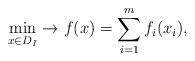
LaTeX: \begin{align*} \min \limits _{x \in D_{I}} \to f(x) = \sum \limits^{m} _{i=1} f_{i}(x_{i}),\end{align*}